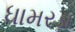
ધામરડા